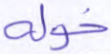
خوله